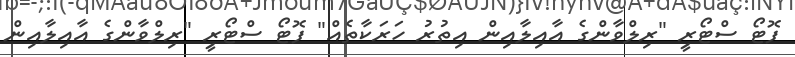
ފޮޓޯ ސްޓޯރިީ "ރިލްވާންގެ އާއިލާއިން އިތުރު ހަރަކާތެއް" ފޮޓޯ ސްޓޯރިީ "ރިލްވާންގެ އާއިލާއިން